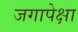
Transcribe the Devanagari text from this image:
जगापेक्षा